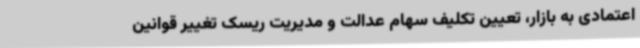
اعتمادی به بازار، تعیین تکلیف سهام عدالت و مدیریت ریسک تغییر قوانین